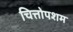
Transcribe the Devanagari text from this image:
चित्तोपशम